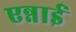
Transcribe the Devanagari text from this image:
एन्नाई